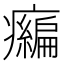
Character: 𤻶